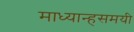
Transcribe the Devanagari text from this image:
माध्यान्हसमयी